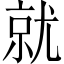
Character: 就